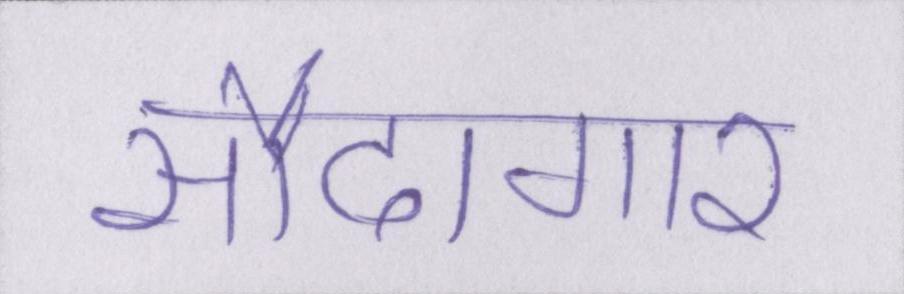
सौदागार